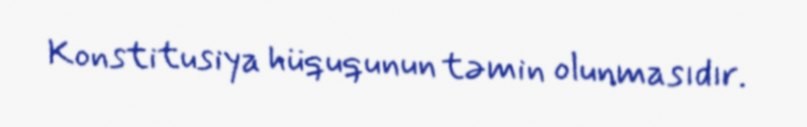
Konstitusiya hüququnun təmin olunmasıdır.